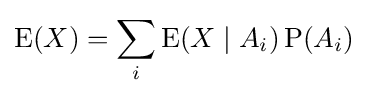
\operatorname {E} (X)=\sum _{i}{\operatorname {E} (X\mid A_{i})\operatorname {P} (A_{i})}